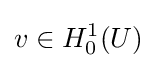
v\in H_{0}^{1}(U)